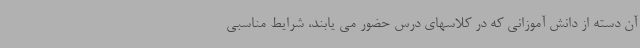
آن دسته از دانش آموزانی که در کلاسهای درس حضور می یابند، شرایط مناسبی